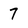
Character: 7